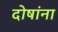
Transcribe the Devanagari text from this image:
दोषांना